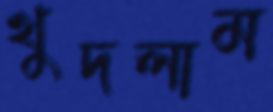
খুদলাম